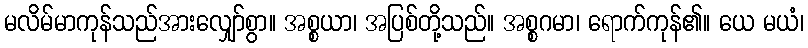
မလိမ်မာကုန်သည်အားလျှော်စွာ။ အစ္စယာ၊ အပြစ်တို့သည်။ အစ္စဂမာ၊ ရောက်ကုန်၏။ ယေ မယံ၊